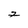
Character: j